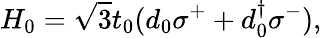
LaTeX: H_{0}=\sqrt{3}t_{0}(d_{0}\sigma^{+}+d_{0}^{\dagger}\sigma^{-}),